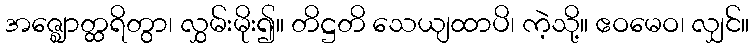
အဇ္ဈောတ္ထရိတွာ၊ လွှမ်းမိုး၍။ တိဋ္ဌတိ သေယျထာပိ၊ ကဲ့သို့။ ဧဝမေဝ၊ လျှင်။